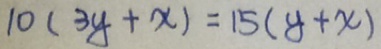
1 0 ( 3 y + x ) = 1 5 ( y + x )